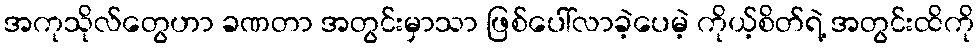
အကုသိုလ်တွေဟာ ခဏတာ အတွင်းမှာသာ ဖြစ်ပေါ်လာခဲ့ပေမဲ့ ကိုယ့်စိတ်ရဲ့ အတွင်းထိကို